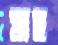
যাহ